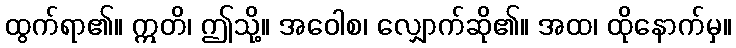
ထွက်ရာ၏။ ဣတိ၊ ဤသို့။ အဝေါစ၊ လျှောက်ဆို၏။ အထ၊ ထိုနောက်မှ။